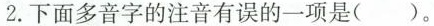
2.下面多音字的注音有误的一项是()。